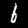
Label: 6